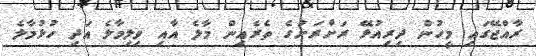
ރާއްޖޭގައި މީހުން ދިރިއުޅޭ ރަށްރަށުގެ ތެރެއިން މާލެ އާއި ވިލިމާލެ އަދި ހުޅުމާލެ